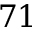
7 1